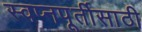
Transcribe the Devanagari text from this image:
स्वप्नपूर्तीसाठी